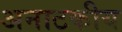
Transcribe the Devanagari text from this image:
अनाटकीय